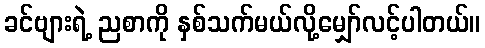
ခင်ဗျားရဲ့ ညစာကို နှစ်သက်မယ်လို့မျှော်လင့်ပါတယ်။